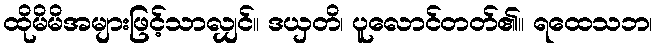
ထိုမိမိအများဖြင့်သာလျှင်။ ဒယှတိ၊ ပူလောင်တတ်၏။ ရထေသဘ၊